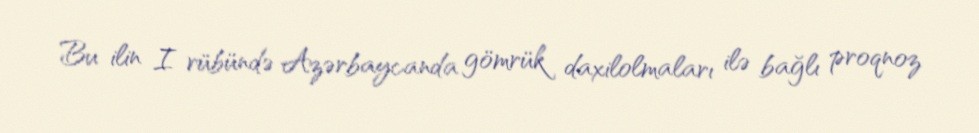
Bu ilin I rübündə Azərbaycanda gömrük daxilolmaları ilə bağlı proqnoz